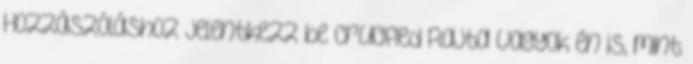
Hozzászóláshoz jelentkezz be Crucified Rajta vagyok én is, mint